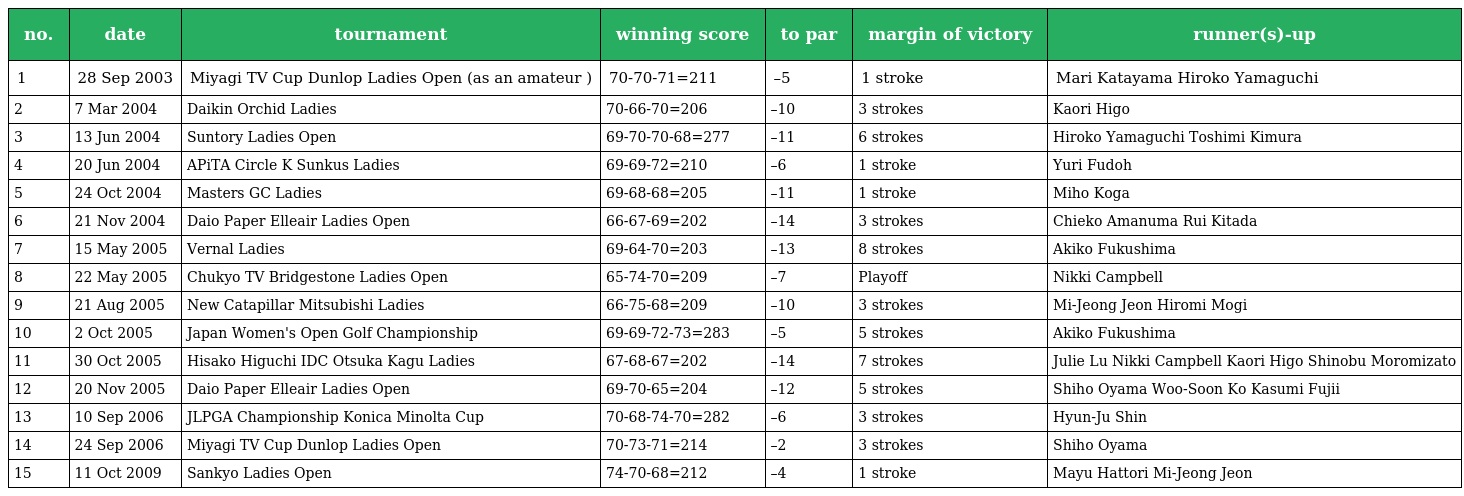
| no. | date | tournament | winning score | to par | margin of victory | runner(s)-up |
 | --- | --- | --- | --- | --- | --- | --- |
 | 1 | 28 Sep 2003 | Miyagi TV Cup Dunlop Ladies Open (as an amateur ) | 70-70-71=211 | –5 | 1 stroke | Mari Katayama Hiroko Yamaguchi |
 | 2 | 7 Mar 2004 | Daikin Orchid Ladies | 70-66-70=206 | –10 | 3 strokes | Kaori Higo |
 | 3 | 13 Jun 2004 | Suntory Ladies Open | 69-70-70-68=277 | –11 | 6 strokes | Hiroko Yamaguchi Toshimi Kimura |
 | 4 | 20 Jun 2004 | APiTA Circle K Sunkus Ladies | 69-69-72=210 | –6 | 1 stroke | Yuri Fudoh |
 | 5 | 24 Oct 2004 | Masters GC Ladies | 69-68-68=205 | –11 | 1 stroke | Miho Koga |
 | 6 | 21 Nov 2004 | Daio Paper Elleair Ladies Open | 66-67-69=202 | –14 | 3 strokes | Chieko Amanuma Rui Kitada |
 | 7 | 15 May 2005 | Vernal Ladies | 69-64-70=203 | –13 | 8 strokes | Akiko Fukushima |
 | 8 | 22 May 2005 | Chukyo TV Bridgestone Ladies Open | 65-74-70=209 | –7 | Playoff | Nikki Campbell |
 | 9 | 21 Aug 2005 | New Catapillar Mitsubishi Ladies | 66-75-68=209 | –10 | 3 strokes | Mi-Jeong Jeon Hiromi Mogi |
 | 10 | 2 Oct 2005 | Japan Women's Open Golf Championship | 69-69-72-73=283 | –5 | 5 strokes | Akiko Fukushima |
 | 11 | 30 Oct 2005 | Hisako Higuchi IDC Otsuka Kagu Ladies | 67-68-67=202 | –14 | 7 strokes | Julie Lu Nikki Campbell Kaori Higo Shinobu Moromizato |
 | 12 | 20 Nov 2005 | Daio Paper Elleair Ladies Open | 69-70-65=204 | –12 | 5 strokes | Shiho Oyama Woo-Soon Ko Kasumi Fujii |
 | 13 | 10 Sep 2006 | JLPGA Championship Konica Minolta Cup | 70-68-74-70=282 | –6 | 3 strokes | Hyun-Ju Shin |
 | 14 | 24 Sep 2006 | Miyagi TV Cup Dunlop Ladies Open | 70-73-71=214 | –2 | 3 strokes | Shiho Oyama |
 | 15 | 11 Oct 2009 | Sankyo Ladies Open | 74-70-68=212 | –4 | 1 stroke | Mayu Hattori Mi-Jeong Jeon |